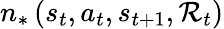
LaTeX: {n_{*}}\left({{s_{t}},{a_{t}},{s_{t+1}},{\mathcal{R}_{t}}}\right)